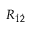
R _ { \dot { 1 } \dot { 2 } }